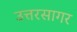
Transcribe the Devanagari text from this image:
उत्तरसागर